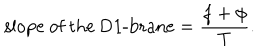
LaTeX: \mathrm { s l o p e ~ o f ~ t h e ~ D 1 - b r a n e } = \frac { f + \phi } { T } .